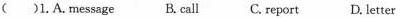
( )1. A. message B. call C. report D. letter